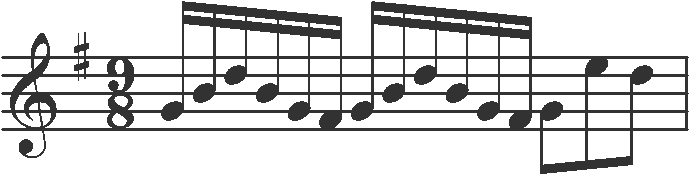
Transcription: clef-G2 keySignature-GM timeSignature-9/8 note-G4_sixteenth note-B4_sixteenth note-D5_sixteenth note-B4_sixteenth note-G4_sixteenth note-F#4_sixteenth note-G4_sixteenth note-B4_sixteenth note-D5_sixteenth note-B4_sixteenth note-G4_sixteenth note-F#4_sixteenth note-G4_eighth note-E5_eighth note-D5_eighth barline